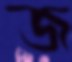
জ